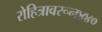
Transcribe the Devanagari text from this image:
रोहित्रावरून४४०